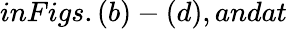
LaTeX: inFigs.(b)-(d),andat